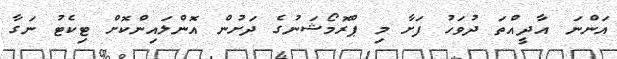
އަންނަ އާދީއްތަ ދުވަހު ފަށާ މި ޕްރޮމޯޝަނުގެ ދަށުން އޮންލައިންކޮށް ޓިކެޓު ނަގާ